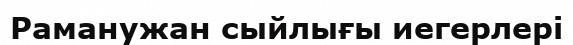
Раманужан сыйлығы иегерлері